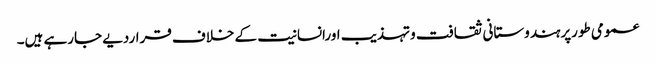
عمومی طورپرہندوستانی ثقافت وتہذیب اورانسانیت کے خلاف قراردیے جارہے ہیں۔